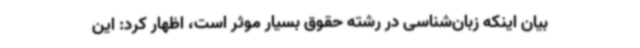
بیان اینکه زبان‌شناسی در رشته حقوق بسیار موثر است، اظهار کرد: این